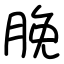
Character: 脕